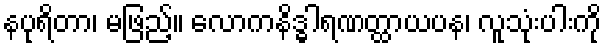
နပုရိတာ၊ မဖြည့်။ လောကနိဒ္ဓါရဏတ္ထာယပန၊ လူသုံးပါးကို